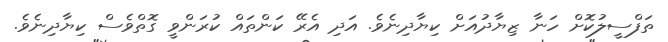
ތަފްސީލުކޮށް ހަނާ ޒިޔާދުއަށް ކިޔާދިނެވެ. އަދި އެރޭ ކަންތައް ކުރަންވީ ގޮތްވެސް ކިޔާދިނެވެ.